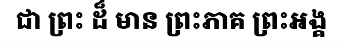
ជា ព្រះ ដ៏ មាន ព្រះភាគ ព្រះអង្គ